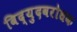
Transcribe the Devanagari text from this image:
विद्युदवरोधक